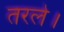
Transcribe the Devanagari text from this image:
तरले।